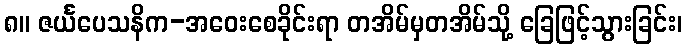
၈။ ဇင်္ယပေသနိက-အဝေးစေခိုင်းရာ တအိမ်မှတအိမ်သို့ ခြေဖြင့်သွားခြင်း၊